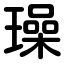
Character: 璪